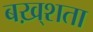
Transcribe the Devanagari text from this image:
बख़्शता